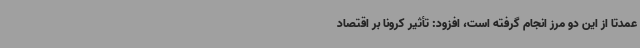
عمدتاً از این دو مرز انجام گرفته است، افزود: تأثیر کرونا بر اقتصاد